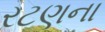
રટણના